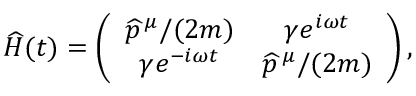
\widehat { H } ( t ) = \left( \begin{array} { c c } { \widehat { p } ^ { \, \mu } / ( 2 m ) } & { \gamma e ^ { i \omega t } } \\ { \gamma e ^ { - i \omega t } } & { \widehat { p } ^ { \, \mu } / ( 2 m ) } \end{array} \right) ,